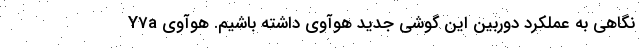
نگاهی به عملکرد دوربین این گوشی جدید هوآوی داشته باشیم. هوآوی Y7a